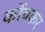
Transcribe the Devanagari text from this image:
कोंचकर